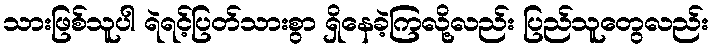
သားဖြစ်သူပါ ရဲရင့်ပြတ်သားစွာ ရှိနေခဲ့ကြလို့လည်း ပြည်သူတွေလည်း